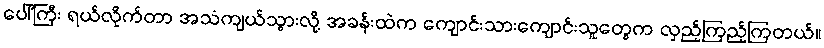
ပေါ်ကြီး ရယ်လိုက်တာ အသံကျယ်သွားလို့ အခန်းထဲက ကျောင်းသားကျောင်းသူတွေက လှည့်ကြည့်ကြတယ်။